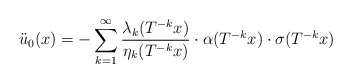
\begin{align*}\ddot u_0(x)=-\sum_{k=1}\sp \infty\frac{\lambda_k(T\sp{-k}x)}{\eta_k(T\sp{-k}x)}\cdot\alpha(T\sp{-k}x)\cdot\sigma(T\sp{-k}x)\end{align*}